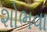
શોભવા